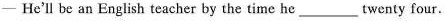
- He'll be an English teacher by the time he-___twenty four.